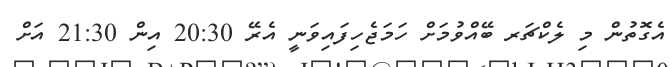
އެގޮތުން މި ލެކްޗަރ ބޭއްވުމަށް ހަމަޖެހިފައިވަނީ އެރޭ 20:30 އިން 21:30 އަށް